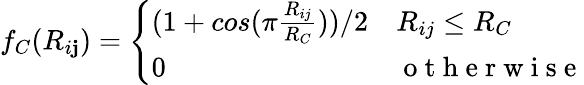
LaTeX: f_{C}(R_{i\mathbf{j}})=\left\{ \begin{array}{ll}{(1+cos(\pi\frac{R_{ij}}{R_{C}}))/2}&{R_{ij}\le R_{C}}\\ {0}&{\mathrm{~o~t~h~e~r~w~i~s~e~}}\end{array}\right.